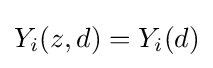
Y_{i}(z,d)=Y_{i}(d)